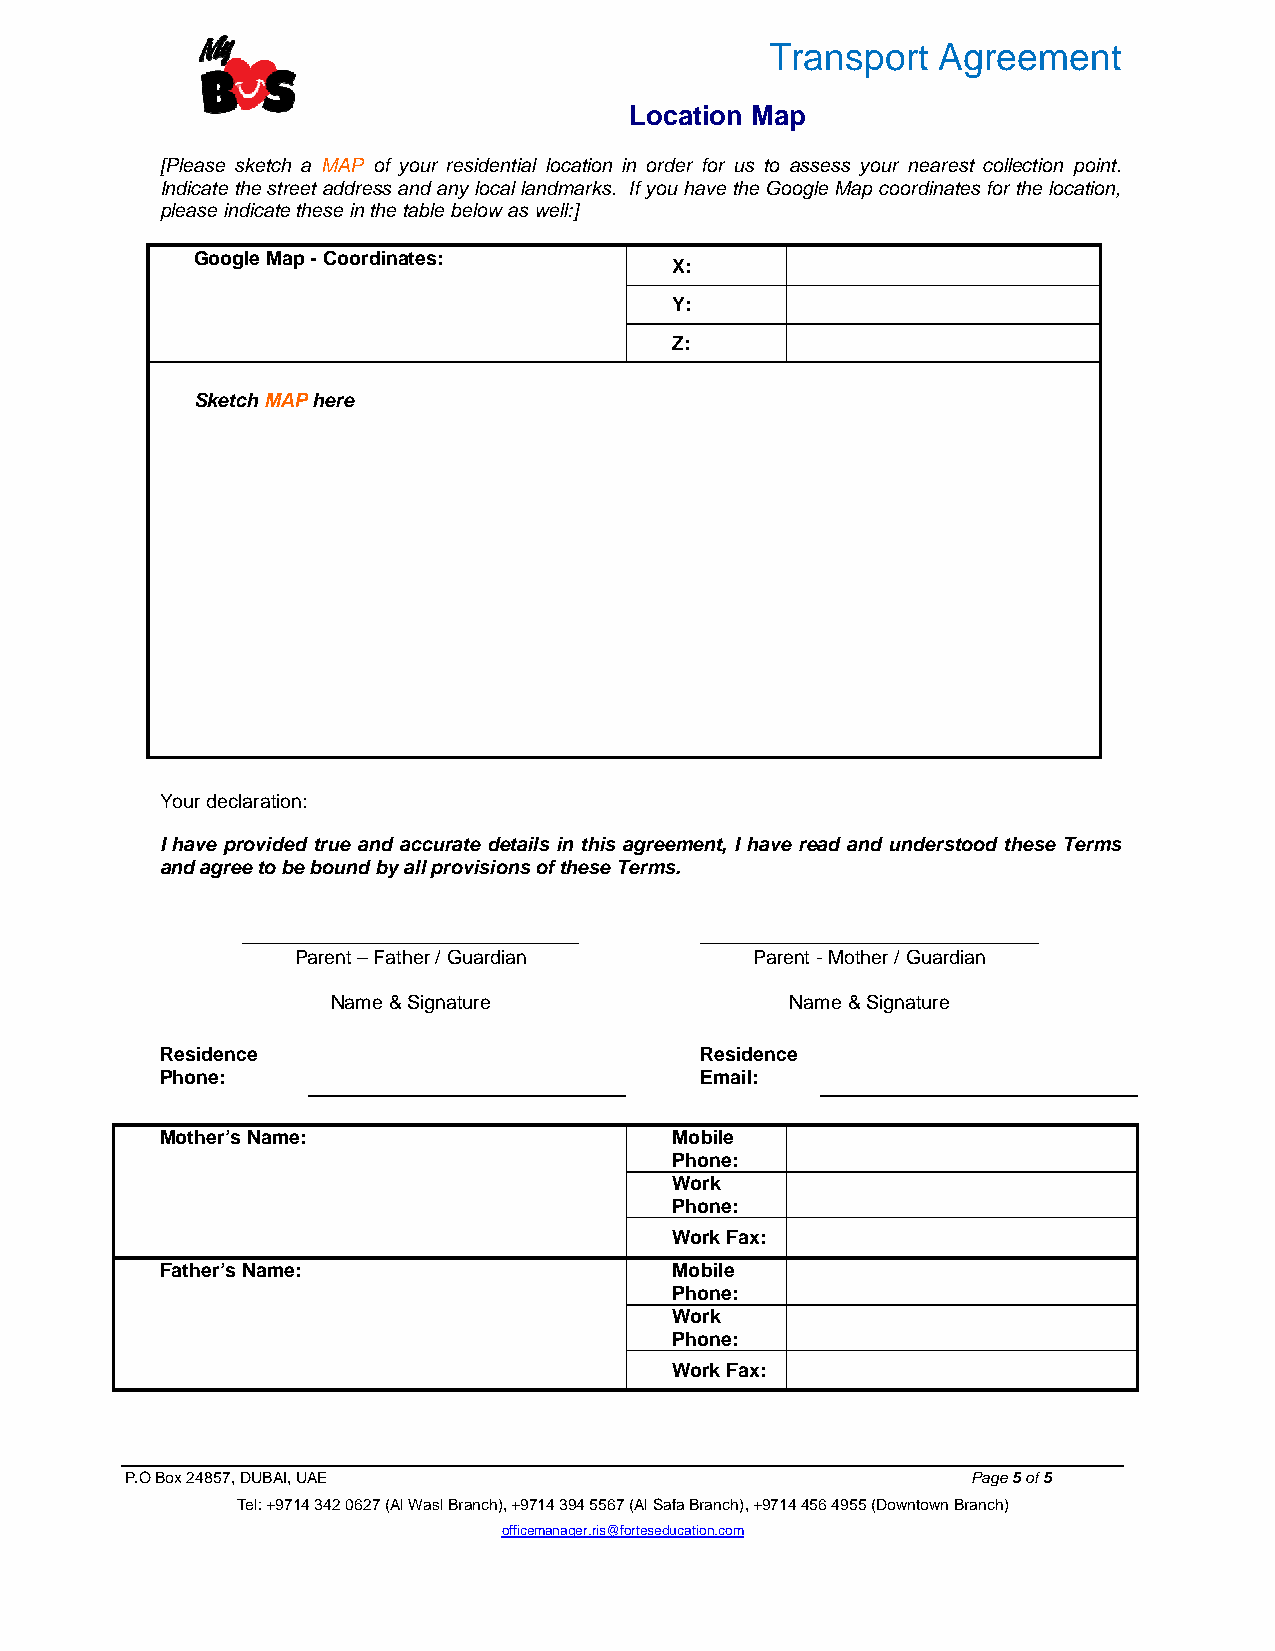
Transport  Agreement
 Location Map
 [Please sketch a MAP of your residential location in order for us to assess your nearest collection point.
 Indicate the street address and any local landmarks. If you have the Google Map coordinates for the location,
 please indicate these in the table below as well:]
 Google Map - Coordinates:
 X:
 Y:
 Z:
 Sketch MAP here
 Your declaration:
 I have provided true and accurate details in this agreement, I have read and understood these Terms
 and agree to be bound by all provisions of these Terms.
 _______________________________ _______________________________
 Parent – Father / Guardian    Parent - Mother / Guardian
 Name & Signature              Name & Signature
 Residence                          Residence
 Phone:                             Email:
 Mother’s Name:                    Mobile
 Phone:
 Work
 Phone:
 Work Fax:
 Father’s Name:                    Mobile
 Phone:
 Work
 Phone:
 Work Fax:
 P.O Box 24857, DUBAI, UAE                               Page 5 of 5
 Tel: +9714 342 0627 (Al Wasl Branch), +9714 394 5567 (Al Safa Branch), +9714 456 4955 (Downtown Branch)
 officemanager.ris@forteseducation.com